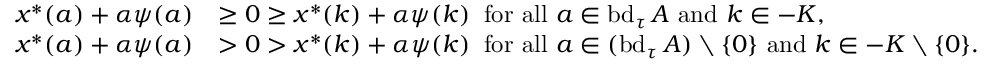
\begin{array} { r l } { x ^ { * } ( a ) + \alpha \psi ( a ) } & { \geq 0 \geq x ^ { * } ( k ) + \alpha \psi ( k ) \; \; \mathrm { f o r ~ a l l ~ } a \in \mathrm { b d } _ { \tau } \, A \mathrm { ~ a n d ~ } k \in - K , } \\ { x ^ { * } ( a ) + \alpha \psi ( a ) } & { > 0 > x ^ { * } ( k ) + \alpha \psi ( k ) \; \; \mathrm { f o r ~ a l l ~ } a \in ( \mathrm { b d } _ { \tau } \, A ) \setminus \{ 0 \} \mathrm { ~ a n d ~ } k \in - K \setminus \{ 0 \} . } \end{array}